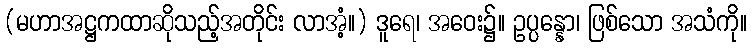
(မဟာအဋ္ဌကထာဆိုသည့်အတိုင်း လာအံ့။) ဒူရေ၊ အဝေး၌။ ဥပ္ပန္နော၊ ဖြစ်သော အသံကို။